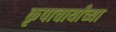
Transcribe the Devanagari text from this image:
कृपाचार्यांच्या